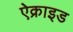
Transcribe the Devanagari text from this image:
ऐक्राइड